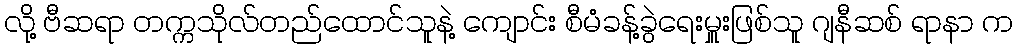
လို့ ဗီဆရာ တက္ကသိုလ်တည်ထောင်သူနဲ့ ကျောင်း စီမံခန့်ခွဲရေးမှူးဖြစ်သူ ဂျနီဆစ် ရာနာ က